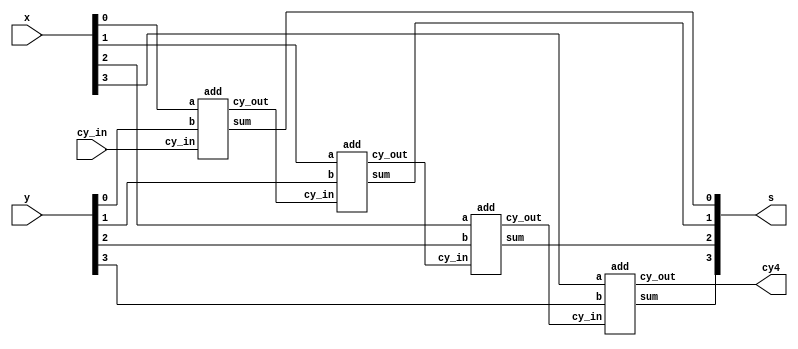
module add4(s,cy4,cy_in,x,y);
input [3:0]x;
input [3:0]y;
input cy_in;
output cy4;
output [3:0] s;
wire [2:0] cy_out;
add B0(s[0],cy_out[0],x[0],y[0],cy_in);
add B1(s[1],cy_out[1],x[1],y[1],cy_out[0]);
add B2(s[2],cy_out[2],x[2],y[2],cy_out[1]);
add B3(s[3],cy4,x[3],y[3],cy_out[2]);
endmodule

module add(sum,cy_out,a,b,cy_in);
input a,b,cy_in;
output sum,cy_out;
xor g1(sum,a,b,cy_in);
assign cy_out=((a&b)|(b&cy_in)|(cy_in&a));
endmodule

module test_add4;
reg [3:0] x,y;
reg cy_in;
wire [3:0] s;
wire cy_out;
add4 A(s,cy_out,cy_in,x,y);
initial
	begin
		$monitor($time,"\t%b\t%b",s,cy_out);
		#10 x=0000; y=0001; cy_in=0;
		#10 x=0010; y=0100; cy_in=0;
		#10 $finish;
	end
endmodule